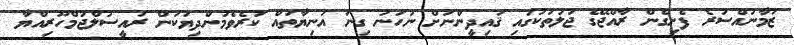
ޒަމާނުއްސުރެ ފެށިގެން ރާއްޖޭގެ ޖަލުތަކުގައި ޤައިދީންނަށް ނުހަނު ގިނަ އަނިޔާތައް ކުރެވެމުންދިޔަކަން ރައީސުލްޖުމްހޫރިއްޔާ